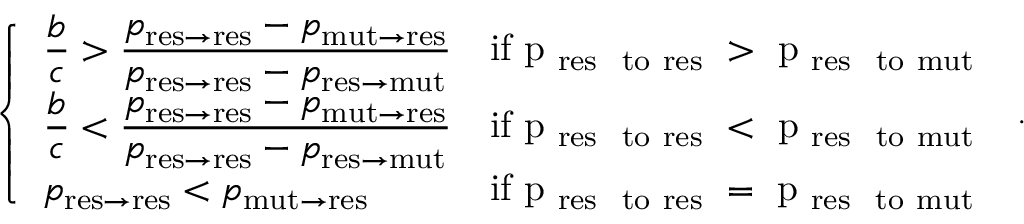
\left\{ \begin{array} { l l } { \displaystyle \frac { b } { c } > \frac { p _ { \mathrm { r e s \to r e s } } - p _ { \mathrm { m u t \to r e s } } } { p _ { \mathrm { r e s \to r e s } } - p _ { \mathrm { r e s \to m u t } } } } & { \mathrm { i f ~ p _ \mathrm { ~ r e s ~ \ t o ~ r e s } ~ > ~ p _ \mathrm { ~ r e s ~ \ t o ~ m u t } ~ } } \\ { \displaystyle \frac { b } { c } < \frac { p _ { \mathrm { r e s \to r e s } } - p _ { \mathrm { m u t \to r e s } } } { p _ { \mathrm { r e s \to r e s } } - p _ { \mathrm { r e s \to m u t } } } } & { \mathrm { i f ~ p _ \mathrm { ~ r e s ~ \ t o ~ r e s } ~ < ~ p _ \mathrm { ~ r e s ~ \ t o ~ m u t } ~ } } \\ { p _ { \mathrm { r e s \to r e s } } < p _ { \mathrm { m u t \to r e s } } } & { \mathrm { i f ~ p _ \mathrm { ~ r e s ~ \ t o ~ r e s } ~ = ~ p _ \mathrm { ~ r e s ~ \ t o ~ m u t } ~ } } \end{array} \right. .